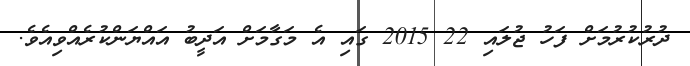
ދުރުކުރުމަށް ފަހު ޖުލައި 22 2015 ގައި އެ މަގާމަށް އަދީބު އައްޔަންކުރެއްވިއެވެ.